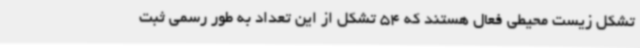
تشکل زیست محیطی فعال هستند که 54 تشکل از این تعداد به طور رسمی ثبت